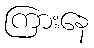
ကြားနေ